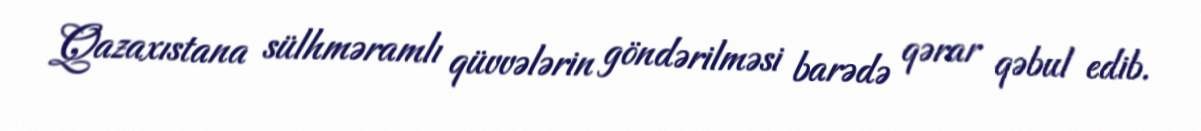
Qazaxıstana sülhməramlı qüvvələrin göndərilməsi barədə qərar qəbul edib.